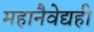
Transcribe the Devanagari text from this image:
महानैवेद्यही